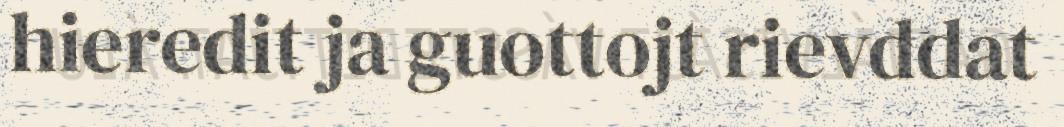
hieredit ja guottojt rievddat